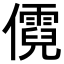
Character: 𪝷